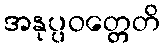
အနုပ္ပဝတ္တေတိ